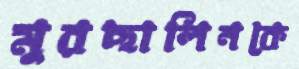
মুরছালিনকে